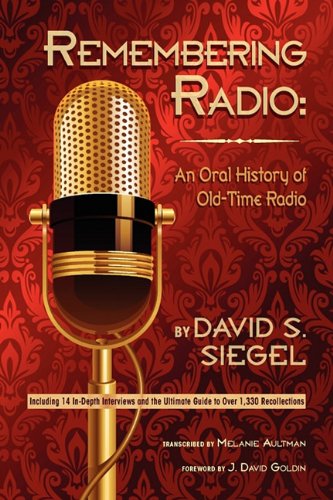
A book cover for Remembering Radio: An Oral History of Old Time Radio; David S. Siegel; Humor & Entertainment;